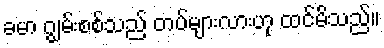
ခမာ ဂျွမ်းစစ်သည် တပ်များလားဟု ထင်မိသည်။